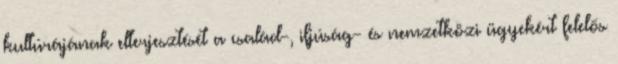
kultúrájának elterjesztését a család-, ifjúság- és nemzetközi ügyekért felelős